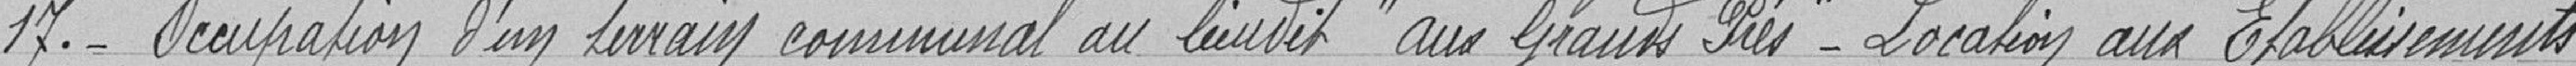
17. Occupation d'un terrain communal au lieu dit "aux Grands Prés" - Location aux Etablissements